Madras plague regulations and rules - Volume 1
Disease focus: Plague
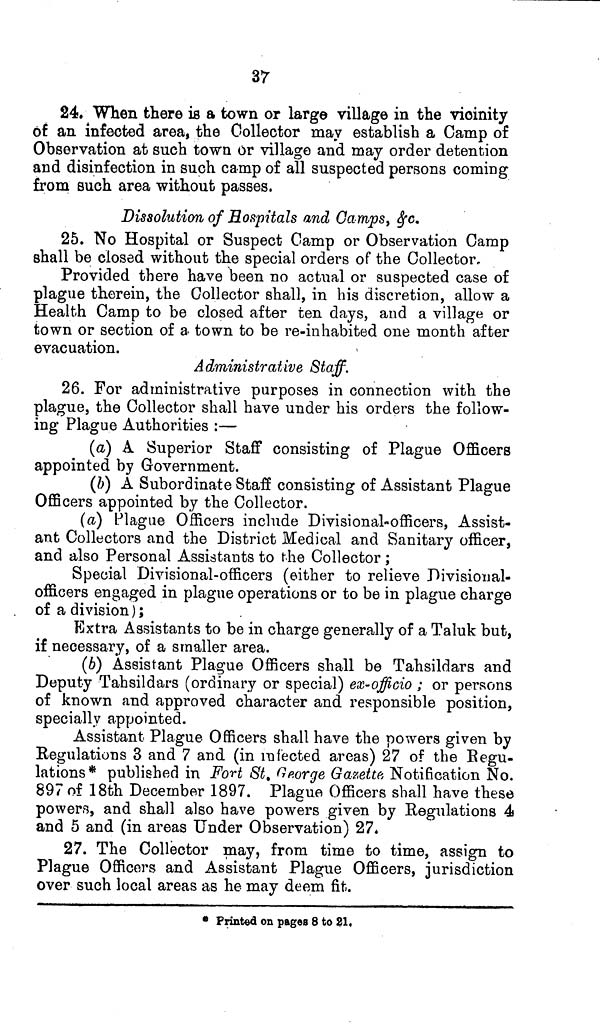
37
24. When there is a town or large village in the vicinity
of an infected area, the Collector may establish a Camp of
Observation at such town or village and may order detention
and disinfection in such camp of all suspected persons coming
from such area without passes.
Dissolution of Hospitals and Camps, &c.
25. No Hospital or Suspect Camp or Observation Camp
shall be closed without the special orders of the Collector,
Provided there have been no actual or suspected case of
plague therein, the Collector shall, in his discretion, allow a
Health Camp to be closed after ten days, and a village or
town or section of a town to be re-inhabited one month after
evacuation.
Administrative Staff.
26. For administrative purposes in connection with the
plague, the Collector shall have under his orders the follow-
ing Plague Authorities :—
(a) A Superior Staff consisting of Plague Officers
appointed by Government.
(b) A Subordinate Staff consisting of Assistant Plague
Officers appointed by the Collector.
(a) Plague Officers include Divisional-officers, Assist-
ant Collectors and the District Medical and Sanitary officer,
and also Personal Assistants to the Collector ;
Special Divisional-officers (either to relieve Divisional-
officers engaged in plague operations or to be in plague charge
of a division);
Extra Assistants to be in charge generally of a Taluk but,
if necessary, of a smaller area.
(b) Assistant Plague Officers shall be Tahsildars and
Deputy Tahsildars (ordinary or special) ex-officio ; or persons
of known and approved character and responsible position,
specially appointed.
Assistant Plague Officers shall have the powers given by
Regulations 3 and 7 and (in infected areas) 27 of the Regu-
lations* published in Fort St. George Gazette Notification No.
897 of 18th December 1897. Plague Officers shall have these
powers, and shall also have powers given by Regulations 4
and 5 and (in areas Under Observation) 27,
27. The Collector may, from time to time, assign to
Plague Officers and Assistant Plague Officers, jurisdiction
over such local areas as he may deem fit.
* Printed on pages 8 to 21,